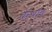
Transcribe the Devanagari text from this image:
कॅथोड